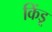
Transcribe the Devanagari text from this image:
किंडू